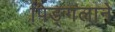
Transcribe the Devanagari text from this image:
पिङ्गलाने